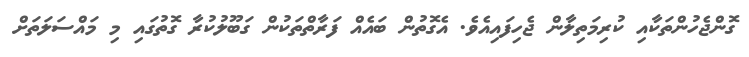
ގޮންޖެހުންތަކާއި ކުރިމަތިލާން ޖެހިފައިއެވެ. އެގޮތުން ބައެއް ފަރާތްތަކުން ގަބޫލުކުރާ ގޮތުގައި މި މައްސަލަތަށް